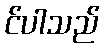
င်ပါသည်